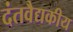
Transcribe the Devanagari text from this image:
दंतवैद्यकीय